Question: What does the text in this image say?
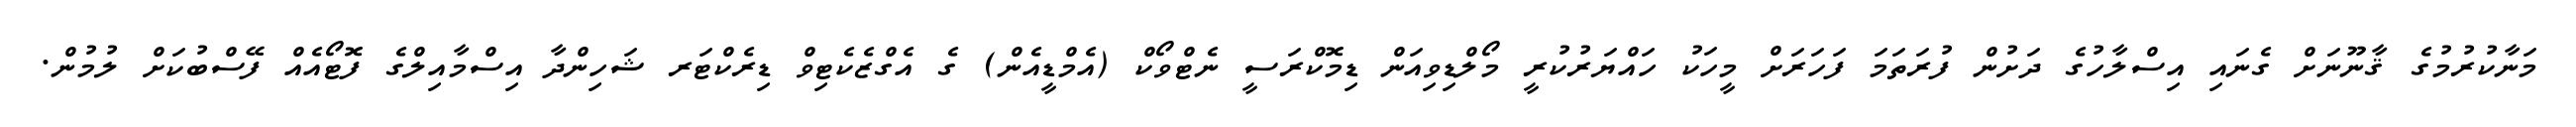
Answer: މަނާކުރުމުގެ ޤާނޫނަށް ގެނައި އިސްލާހުގެ ދަށުން ފުރަތަމަ ފަހަރަށް މީހަކު ހައްޔަރުކުރީ މޯލްޑިވިއަން ޑިމޮކްރަސީ ނެޓްވޯކް (އެމްޑީއެން) ގެ އެގްޒެކެޓިވް ޑިރެކްޓަރ ޝަހިންދާ އިސްމާއިލްގެ ފޮޓޯއެއް ފޭސްބުކަށް ލުމުން.